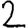
Digit: 2